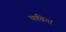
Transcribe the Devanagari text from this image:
कचिना